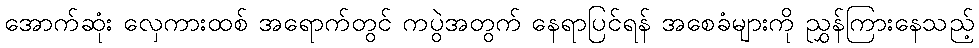
အောက်ဆုံး လှေကားထစ် အရောက်တွင် ကပွဲအတွက် နေရာပြင်ရန် အစေခံများကို ညွှန်ကြားနေသည့်